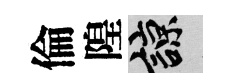
倫隍諒